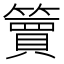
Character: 𫂥